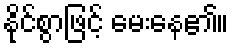
နိုင်စွာဖြင့် မေးနေ၏။